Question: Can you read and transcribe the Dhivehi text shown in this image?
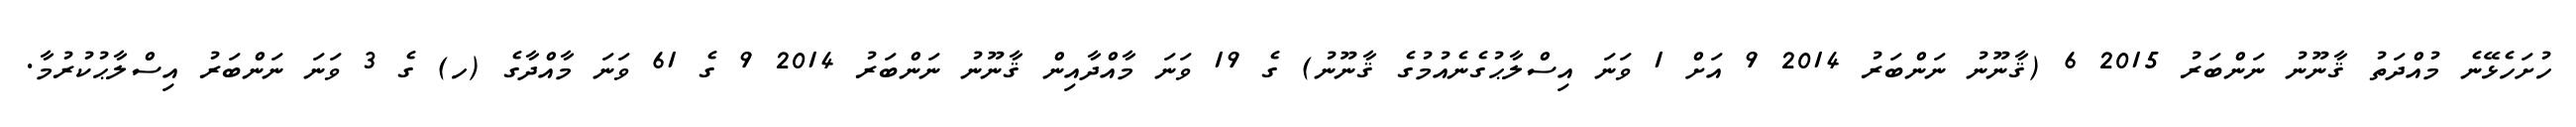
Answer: ހުށަހެޅޭނެ މުއްދަތު ޤާނޫނު ނަންބަރު 2015 6 (ޤާނޫނު ނަންބަރު 2014 9 އަށް 1 ވަނަ އިސްލާޙުގެނެއުމުގެ ޤާނޫނު) ގެ 19 ވަނަ މާއްދާއިން ޤާނޫނު ނަންބަރު 2014 9 ގެ 61 ވަނަ މާއްދާގެ (ހ) ގެ 3 ވަނަ ނަންބަރު އިސްލާޙުކުރުމާ.